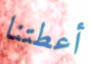
أعطتنا